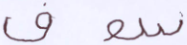
سوف